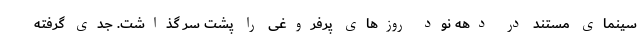
سینمای مستند در دهه نود روزهای پرفروغی را پشت سر گذاشت. جدی گرفته